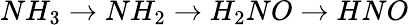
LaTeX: NH_{3}\rightarrow NH_{2}\rightarrow H_{2}NO\rightarrow HNO